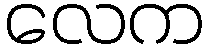
လေက